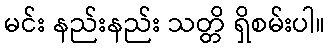
မင်း နည်းနည်း သတ္တိ ရှိစမ်းပါ။